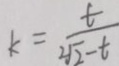
k = \frac { t } { 2 \sqrt { 2 } - t }